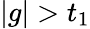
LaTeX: |g|>t_{1}